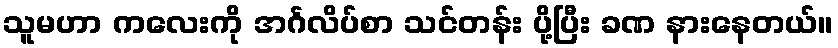
သူမဟာ ကလေးကို အင်္ဂလိပ်စာ သင်တန်း ပို့ပြီး ခဏ နားနေတယ်။